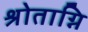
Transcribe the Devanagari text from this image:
श्रोताग्नि